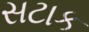
સટાક